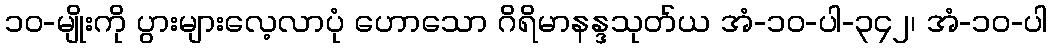
၁၀-မျိုးကို ပွားများလေ့လာပုံ ဟောသော ဂိရိမာနန္ဒသုတ်ယ အံ-၁၀-ပါ-၃၄၂၊ အံ-၁၀-ပါ